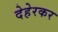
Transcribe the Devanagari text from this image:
देहेरकर